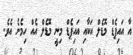
އާ އައިޕެޑް މޮޑެލް އަކާއި އައިޕެޑް މިނީ މޮޑެލް އެއް ހިމެނެ އެވެ.